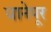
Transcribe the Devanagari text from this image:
घानेपूर